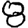
Digit: 8